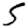
Digit: 5